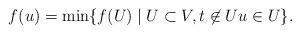
LaTeX: \begin{align*} f( u ) = \min \{ f(U) \mid U \subset V, t \not\in U u \in U \}.\end{align*}